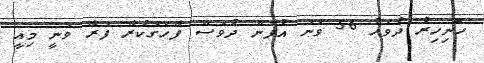
ހޮނިހިރު ދުވަހު 56 ވަނަ އުފަން ދުވަސް ފާހަގަކުރާ ފަރާ ވަނީ މިއީ